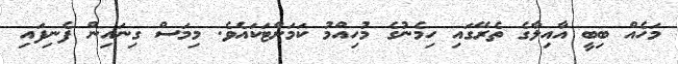
މަހެއް ބިބީ އާއިލާގެ ތެރޭގައި ހިމެނުގެ މުހިއްމު ކަމަށްޓަކައެވެ. މިމަސް ގިނައިން ފެނިފައި